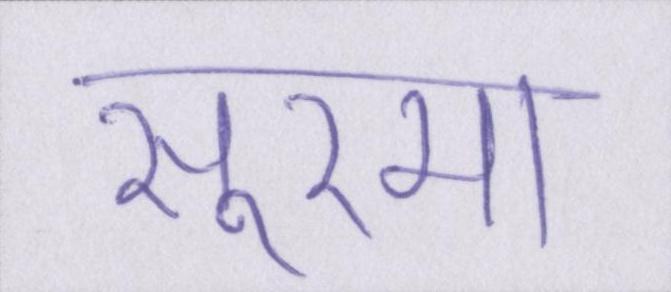
सूरमा